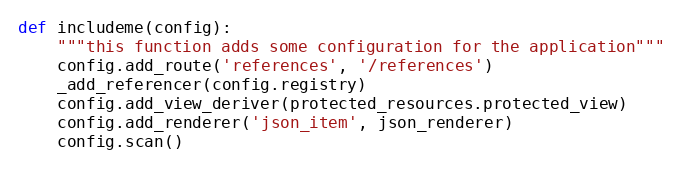
Language: Python
def includeme(config):
    """this function adds some configuration for the application"""
    config.add_route('references', '/references')
    _add_referencer(config.registry)
    config.add_view_deriver(protected_resources.protected_view)
    config.add_renderer('json_item', json_renderer)
    config.scan()